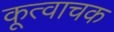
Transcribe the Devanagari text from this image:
कूत्वाचक